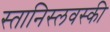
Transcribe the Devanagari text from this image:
स्तानिस्लवस्की